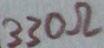
Text: 330Ω